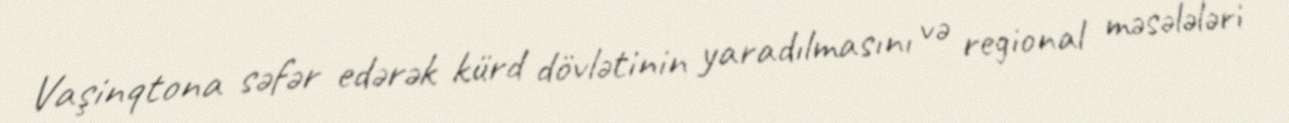
Vaşinqtona səfər edərək kürd dövlətinin yaradılmasını və regional məsələləri